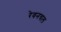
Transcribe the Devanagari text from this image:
रेवनचल